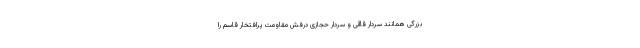
بزرگی همانند سردار قاآنی و سردار حجازی درفش مقاومت پرافتخار قاسم را